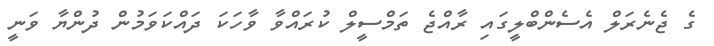
ގެ ޖެނެރަލް އެސެންބްލީގައި ރާއްޖެ ތަމްސީލް ކުރައްވާ ވާހަކަ ދައްކަވަމުން ދުންޔާ ވަނީ